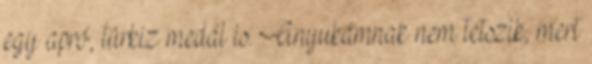
egy apró, türkiz medál is. Anyukámnak nem tetszik, mert